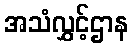
အသံလွှင့်ဌာန